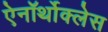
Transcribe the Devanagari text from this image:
ऐनॉर्थोक्लेस